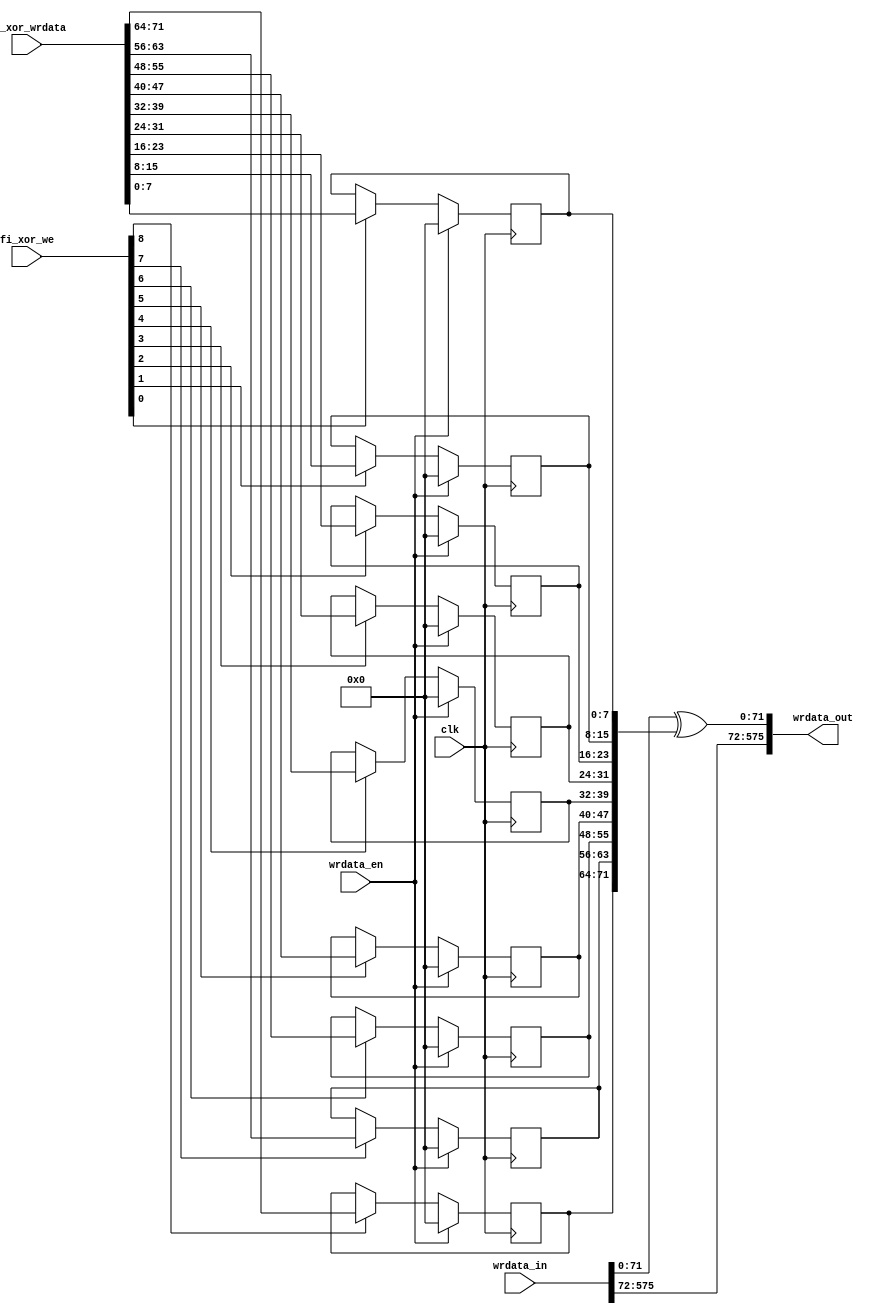
module mig_7series_v4_2_fi_xor #
(
///////////////////////////////////////////////////////////////////////////////
// Parameter Definitions
///////////////////////////////////////////////////////////////////////////////
  // External Memory Data Width
  parameter integer DQ_WIDTH               = 72,
  parameter integer DQS_WIDTH              = 9,
  parameter integer nCK_PER_CLK            = 4
)
(
///////////////////////////////////////////////////////////////////////////////
// Port Declarations     
///////////////////////////////////////////////////////////////////////////////
  input  wire                              clk           , 
  input  wire [2*nCK_PER_CLK*DQ_WIDTH-1:0] wrdata_in     , 
  output wire [2*nCK_PER_CLK*DQ_WIDTH-1:0] wrdata_out    , 
  input  wire                              wrdata_en     , 
  input  wire [DQS_WIDTH-1:0]              fi_xor_we     ,
  input  wire [DQ_WIDTH-1:0]               fi_xor_wrdata
);

/////////////////////////////////////////////////////////////////////////////
// Functions
/////////////////////////////////////////////////////////////////////////////

////////////////////////////////////////////////////////////////////////////////
// Local parameters
////////////////////////////////////////////////////////////////////////////////
localparam DQ_PER_DQS = DQ_WIDTH / DQS_WIDTH;

////////////////////////////////////////////////////////////////////////////////
// Wires/Reg declarations
////////////////////////////////////////////////////////////////////////////////
reg [DQ_WIDTH-1:0]              fi_xor_data = {DQ_WIDTH{1'b0}};

////////////////////////////////////////////////////////////////////////////////
// BEGIN RTL
///////////////////////////////////////////////////////////////////////////////

// Register in the fi_xor_wrdata on a byte width basis
generate
begin
  genvar i;
  for (i = 0; i < DQS_WIDTH; i = i + 1) begin : assign_fi_xor_data
    always @(posedge clk) begin
      if (wrdata_en) begin
        fi_xor_data[i*DQ_PER_DQS+:DQ_PER_DQS] <= {DQ_PER_DQS{1'b0}};
      end
      else if (fi_xor_we[i]) begin
        fi_xor_data[i*DQ_PER_DQS+:DQ_PER_DQS] <= fi_xor_wrdata[i*DQ_PER_DQS+:DQ_PER_DQS];
      end 
      else begin
        fi_xor_data[i*DQ_PER_DQS+:DQ_PER_DQS] <= fi_xor_data[i*DQ_PER_DQS+:DQ_PER_DQS];
      end
    end
  end
  
end
endgenerate

assign wrdata_out[0+:DQ_WIDTH] = wrdata_in[0+:DQ_WIDTH] ^ fi_xor_data[0+:DQ_WIDTH];
 
 // Pass through upper bits
assign wrdata_out[DQ_WIDTH+:(2*nCK_PER_CLK-1)*DQ_WIDTH] = wrdata_in[DQ_WIDTH+:(2*nCK_PER_CLK-1)*DQ_WIDTH];

endmodule